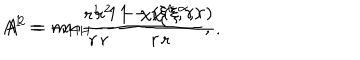
LaTeX: A ^ { 1 } = - m _ { H } \frac { r ^ { 2 } } { r } \frac { 1 - \chi ( \xi ^ { \alpha } , r ) } { r } , \hspace { 1 c m } A ^ { 2 } = m _ { H } \frac { r ^ { 1 } } { r } \frac { 1 - \chi ( \xi ^ { \alpha } , r ) } { r } ,